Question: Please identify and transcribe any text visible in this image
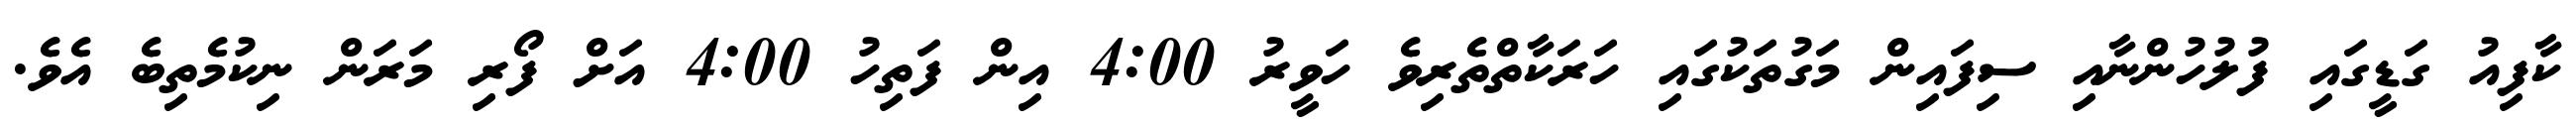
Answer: ކާފިއު ގަޑީގައި ފުލުހުންނާއި ސިފައިން މަގުތަކުގައި ހަރަކާތްތެރިވެ ހަވީރު 4:00 އިން ފަތިހު 4:00 އަށް ފޯރި މަރަން ނިކުމެތިބެ އެވެ.